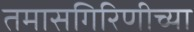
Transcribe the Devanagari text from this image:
तमासगिरिणीच्या